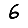
Digit: 6